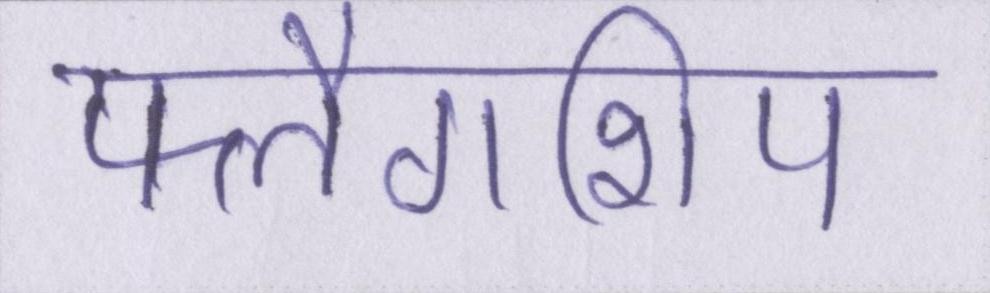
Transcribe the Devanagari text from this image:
फ्लैगशिप